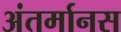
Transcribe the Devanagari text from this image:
अंतर्मानस